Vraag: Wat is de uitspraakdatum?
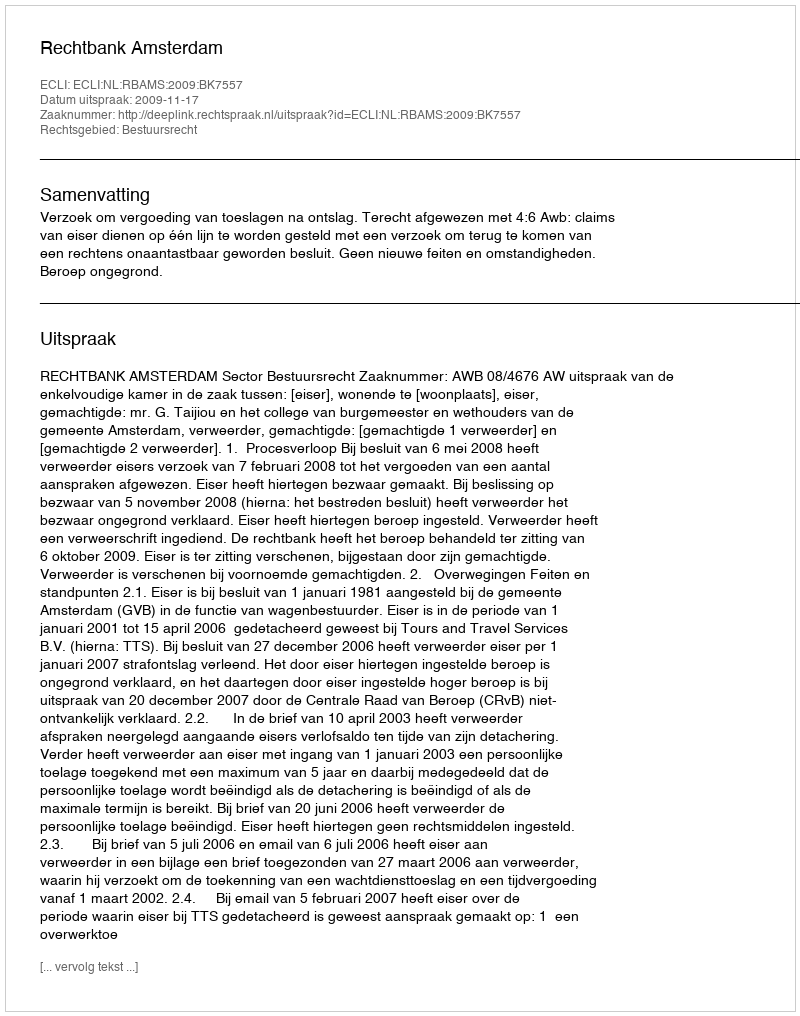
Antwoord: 2009-11-17